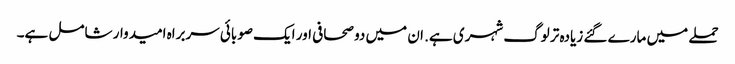
حملے میں مارے گئے زیادہ تر لوگ شہری ہے. ان میں دو صحافی اور ایک صوبائی سربراہ امیدوار شامل ہے۔